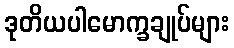
ဒုတိယပါမောက္ခချုပ်များ